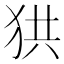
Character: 𤞒